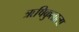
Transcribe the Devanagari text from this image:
ऋषिकुलाला